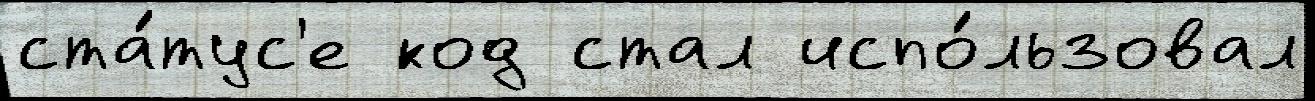
ста́тус'е код стал испо́льзовал